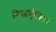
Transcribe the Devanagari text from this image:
निवडणुंकामध्ये